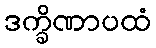
ဒက္ခိဏာပထံ